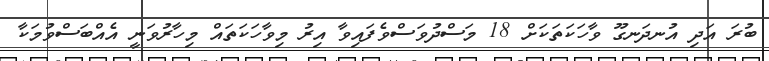
ބުރަ އަދި އުނދަނގޫ ވާހަކަތަކަށް 18 މަސްދުވަސްވެފައިވާ އިރު މިވާހަކަތައް މިހާރުވަނީ އެއްބަސްވުމަކާ